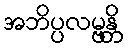
အဘိပ္ပလမ္ဗန္တိ